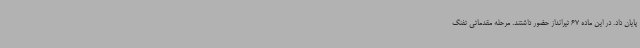
پایان داد. در این ماده 67 تیرانداز حضور داشتند. مرحله مقدماتی تفنگ